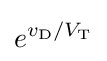
e^{v_{\text{D}}/V_{\text{T}}}